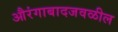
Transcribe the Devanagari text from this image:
औरंगाबादजवळील